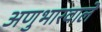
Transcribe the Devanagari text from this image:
अणुभारवाले